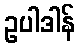
ဥပါဒါန်